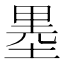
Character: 𱗐